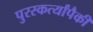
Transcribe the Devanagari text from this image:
पुरस्कर्त्यांपैकी